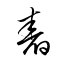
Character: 舂